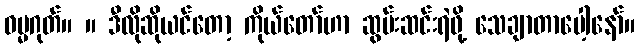
ဓမ္မဂုတ်။ ။ ဒီလိုဆိုယင်တော့ ကိုယ်တော်ဟာ ဆွမ်းဆင်းရဲဖို့ သေချာတာပေါ့နော်။